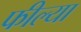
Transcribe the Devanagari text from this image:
फील्या